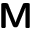
\boldsymbol { \mathsf { M } }